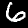
Digit: 6